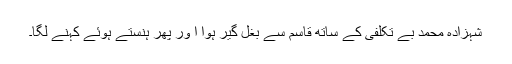
شہزادہ محمد بے تکلفی کے ساتھ قاسم سے بغل گیر ہوا ا ور پھر ہنستے ہوئے کہنے لگا۔